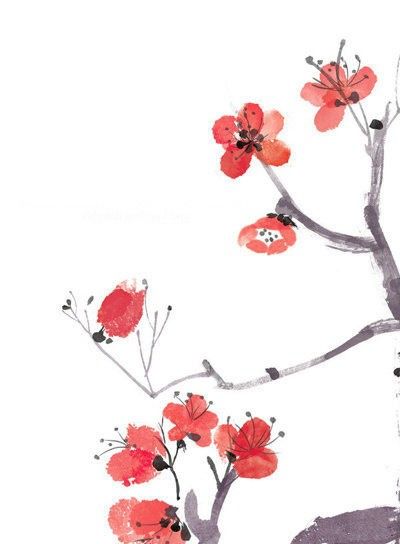
闻道梅花坼晓风，雪堆遍满四山中。